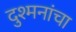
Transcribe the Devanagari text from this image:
दुश्मनांचा